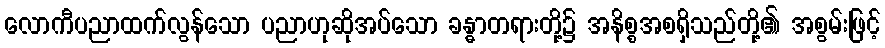
လောကီပညာထက်လွန်သော ပညာဟုဆိုအပ်သော ခန္ဓာတရားတို့၌ အနိစ္စအစရှိသည်တို့၏ အစွမ်းဖြင့်